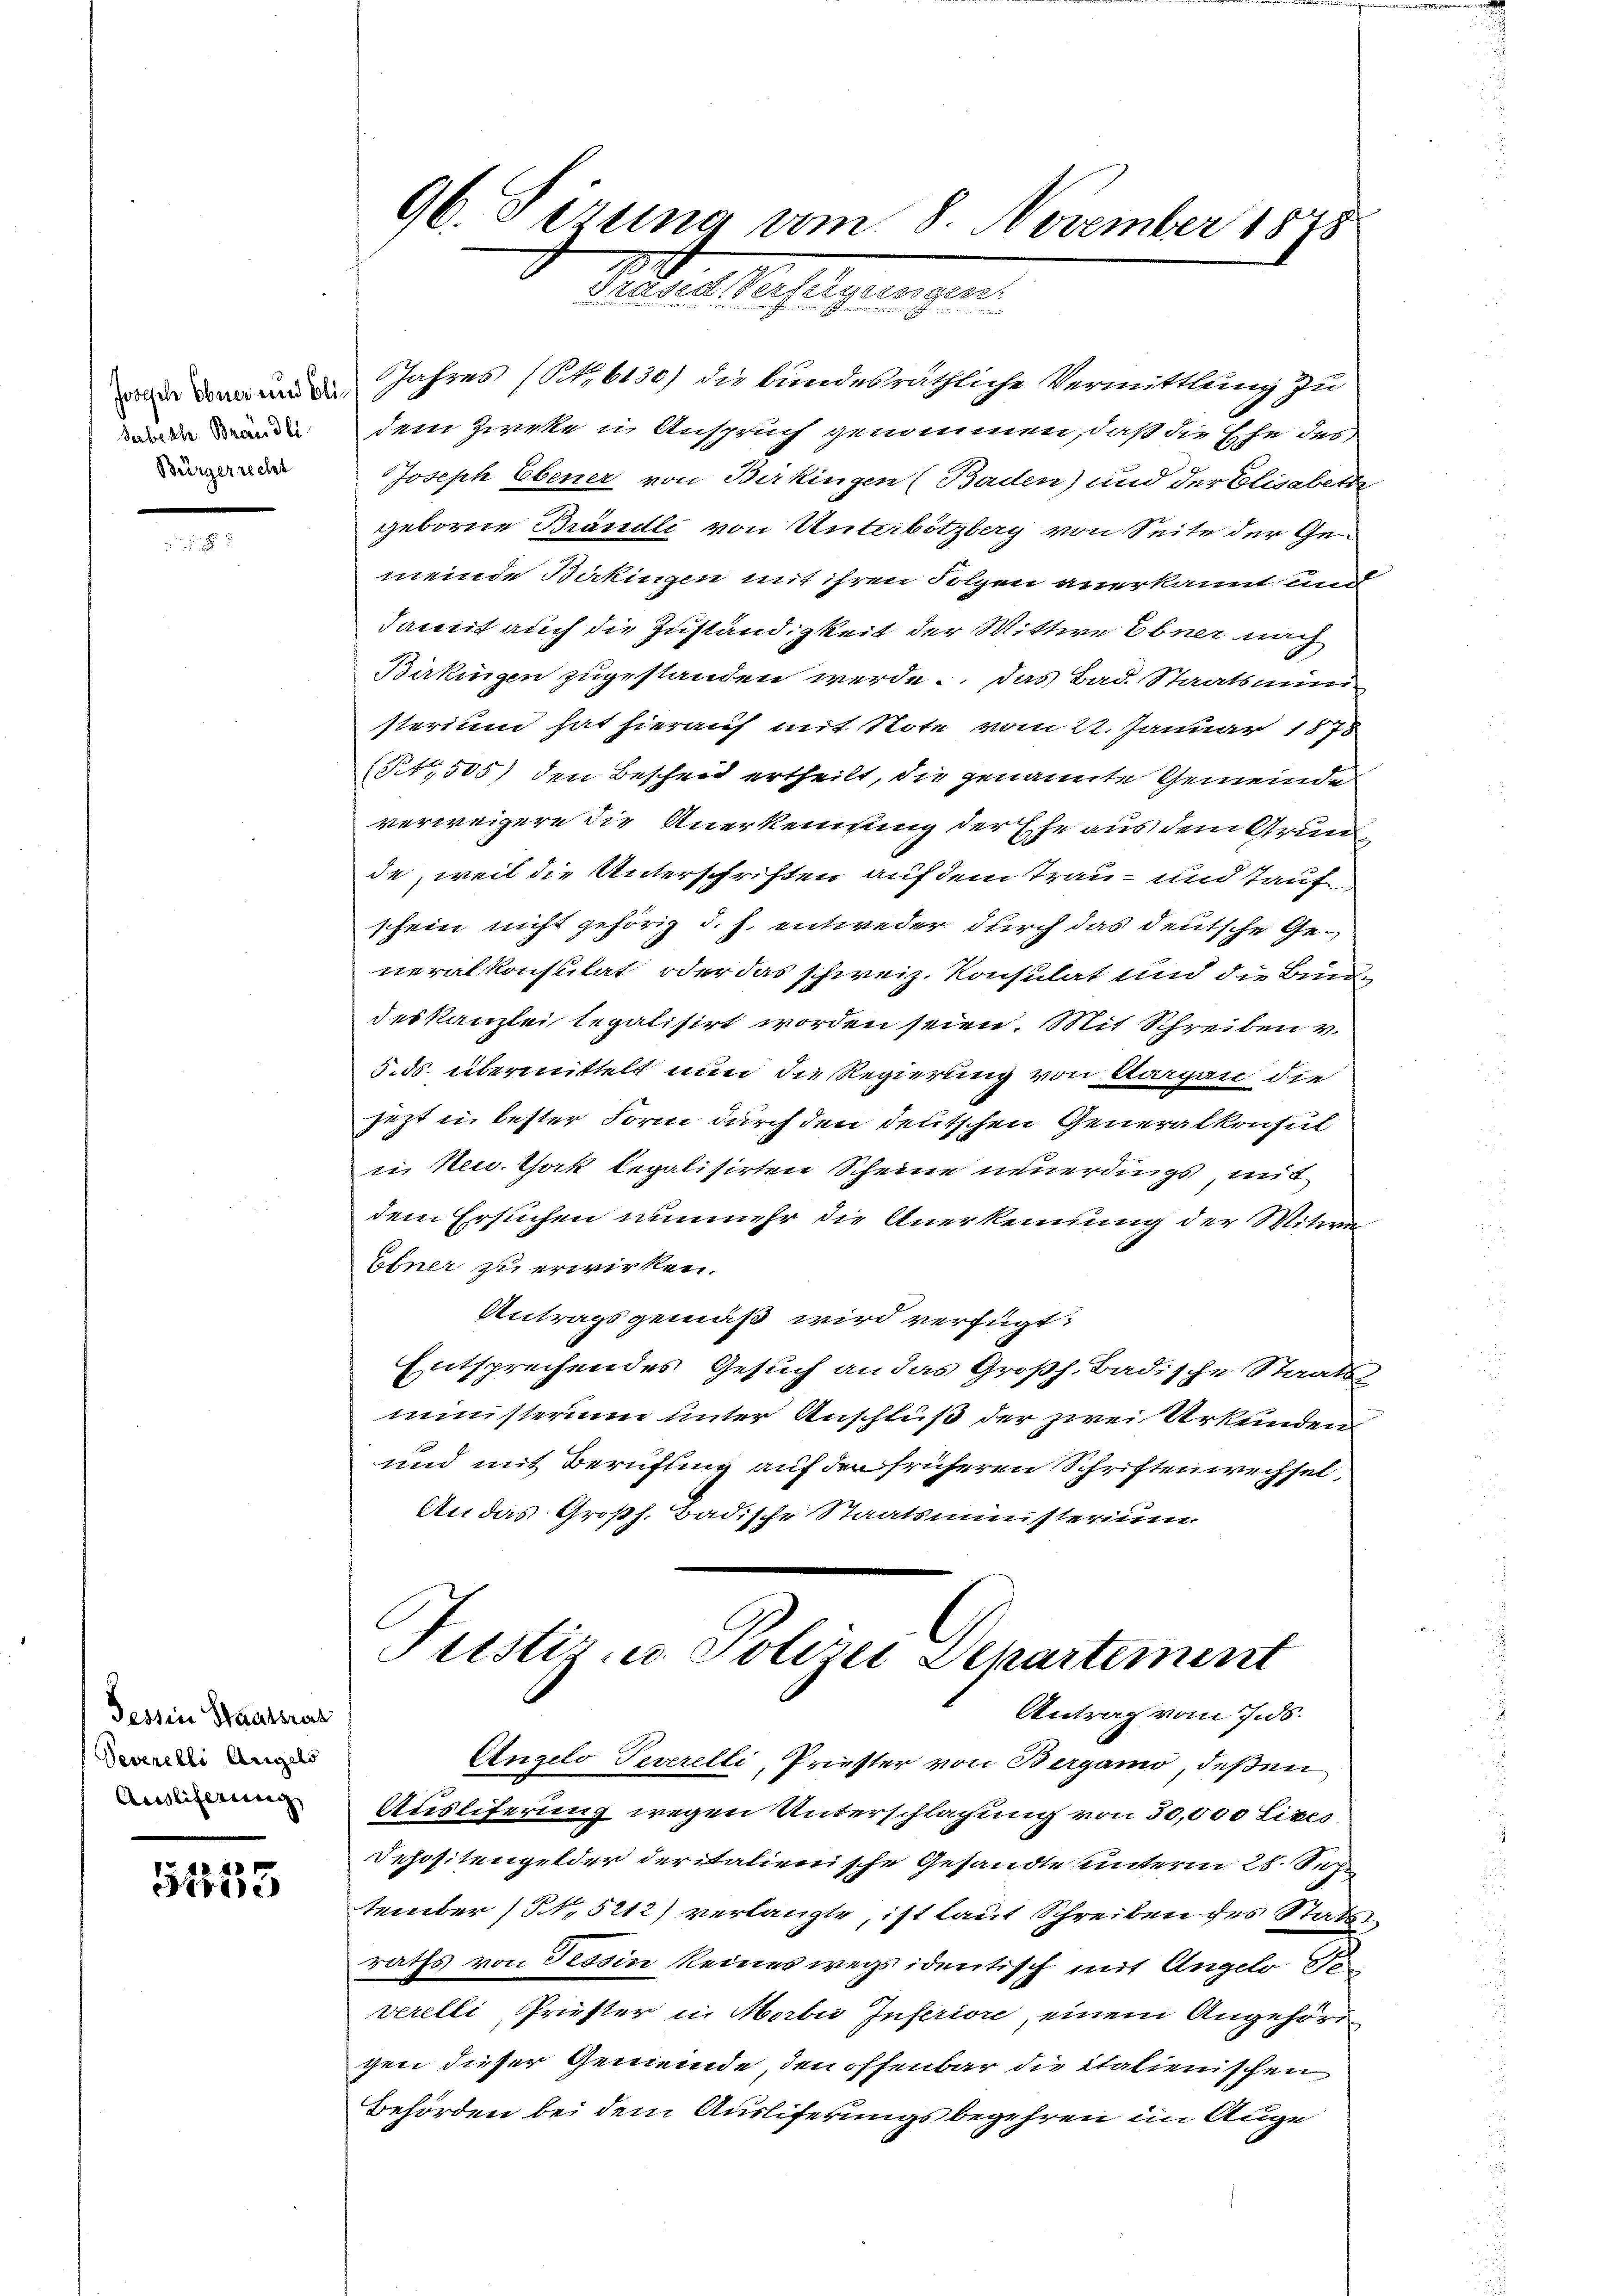
Serbeth Brändli
Bürgerrecht

Tessin Staatsrech
Severelli Angels
Ausliferung

51555

96. Firina vom 8. November 1875
Siedlich hiesigen gen
n

Jahres (S. 6130) die bundesräthliche Vermittlung zu
dem Zirke in Anspruch genommen, daß die Ehe des
Joseph Ebener von Birkingen (Bacten) und der Elisabeth
geborene Brändli von Unterbötzberg von Seite der Gemeinde Bäkingen mit ihren Folgen anerkannt und
damit auch die Zuständigkeit der Wittwe Ebner nach
Birkingen zugestanden werde. Das Bad. Staatsmin-
sterium hat hierauf mit Note vom 22. Januar 1878
(4,505) den Bescheid ertheilt, die genannte Gemeinde
verweigere die Anerkennung der Ehe aus dem Grun
de, weil die Unterschriften auf dem Trau- und Tauf
schein nicht gehörig d. h. entweder durch das deutsche Generalkonsulat oder das schweiz. Konsulat und die Bunde
deskanzlei tegalisirt worden seien. Mit Schreiben v.
5. ds. übermittelt nun die Regierung von Aargau die
jezt in bester Form durch den deutschen Generalkonsul
in New York legalisirten Scheine neuerdings mit
dem Ersuchen nunmehr die Anerkennung der Witw
Ebner zu erwirken.
Antragsgemäß wird verfügt:
Entsprechendes Gesuch an das Großh. Badische Staats-
ministerim unter Anschluß der zwei Urkunden
und mit Beruftung auf den früheren Schriftenwechsel,
An das Großh. Badische Staatsministerium
Justiz- u. Polizei Departement
Antrag vom 7. ds.
Angelo Teverelli, Priester von Bergano, deßen
Ausliferung wegen Unterschlagung von 30,000 Lizes
Depositengelder deritalienische Gesandte unterm 28. Seh
tember (S. 5212) verlangte, ist laut Schreiben des Stats
raths von Tessin keines wegs identisch mit Angelr
verelli, Priester in Morbii Inferiore, einem Angehörd
gen dieser Gemeinde, den offenbar die italienischen
Behörden bei dem Ausliferungsbegehren im Auge